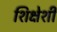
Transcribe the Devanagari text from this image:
शिक्षेशी